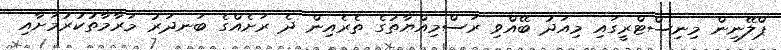
ޕްލޭނިން މިނިސްޓްރީގައި މިއަދު ބޭއްވި ރަސްމިއްޔާތުގެ ތެރެއިން ދެ ރަށެއްގެ ބަނދަރު މަރާމާތުކުރުމަށާއި